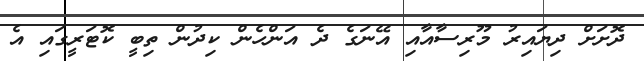
ދޮށަށް ދިޔައިރު މޫރިސާއާއި އޭނަގެ ދެ އަންހެން ކިދުން ތިބީ ކޮޓަރީގައި އެ